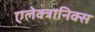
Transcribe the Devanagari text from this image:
एलेक्त्रानिक्स